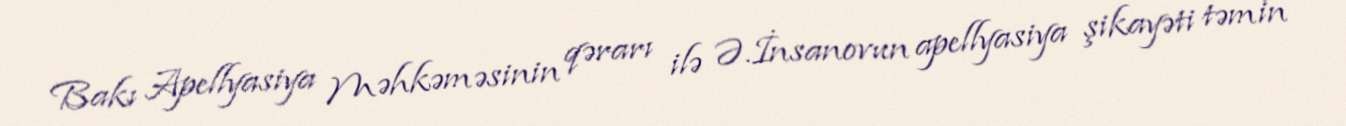
Bakı Apellyasiya Məhkəməsinin qərarı ilə Ə.İnsanovun apellyasiya şikayəti təmin